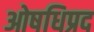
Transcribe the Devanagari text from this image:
ओषधिप्रद